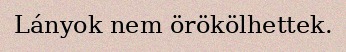
Lányok nem örökölhettek.